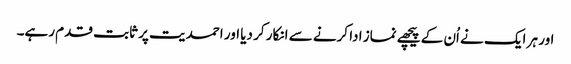
اور ہر ایک نے اُن کے پیچھے نماز ادا کرنے سے انکار کر دیا اور احمدیت پر ثابت قدم رہے۔